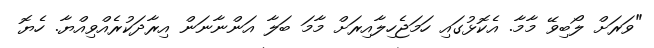
"ވަރަށް ލޯބިވޭ މާމާ. އެކޮޅުގައި ހަމަޖެހިލާއިރަށް މާމަ ބަލާ އަންނާނަން އިރާދަކުރެއްވިއްޔާ. ހެޔޮ